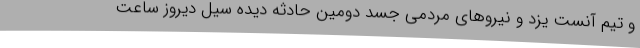
و تیم آنست یزد و نیروهای مردمی جسد دومین حادثه دیده سیل دیروز ساعت